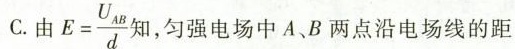
C.由 $$E = \frac { U _ { A B } } { d }$$ 如，匀强电场中A、B两点沿电场线的距